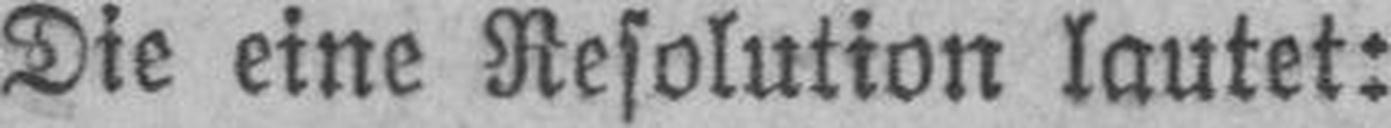
Die eine Resolution lautet: